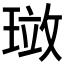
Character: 𪼂